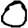
Digit: 0